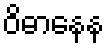
ဝိဓာနေန